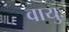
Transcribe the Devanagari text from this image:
वायुः